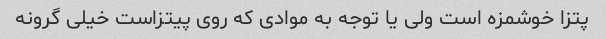
پتزا خوشمزه است ولی یا توجه به موادی که روی پیتزاست خیلی گرونه